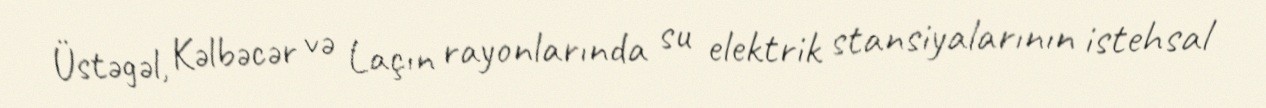
Üstəgəl, Kəlbəcər və Laçın rayonlarında su elektrik stansiyalarının istehsal